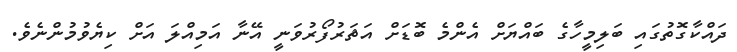
ދައްކާގޮތުގައި ބަލިމީހާގެ ބައްޔަށް އެންމެ ބޮޑަށް އަޘަރުފޯރުވަނީ އޭނާ އަމިއްލަ އަށް ކިޔެވުމުންނެވެ.